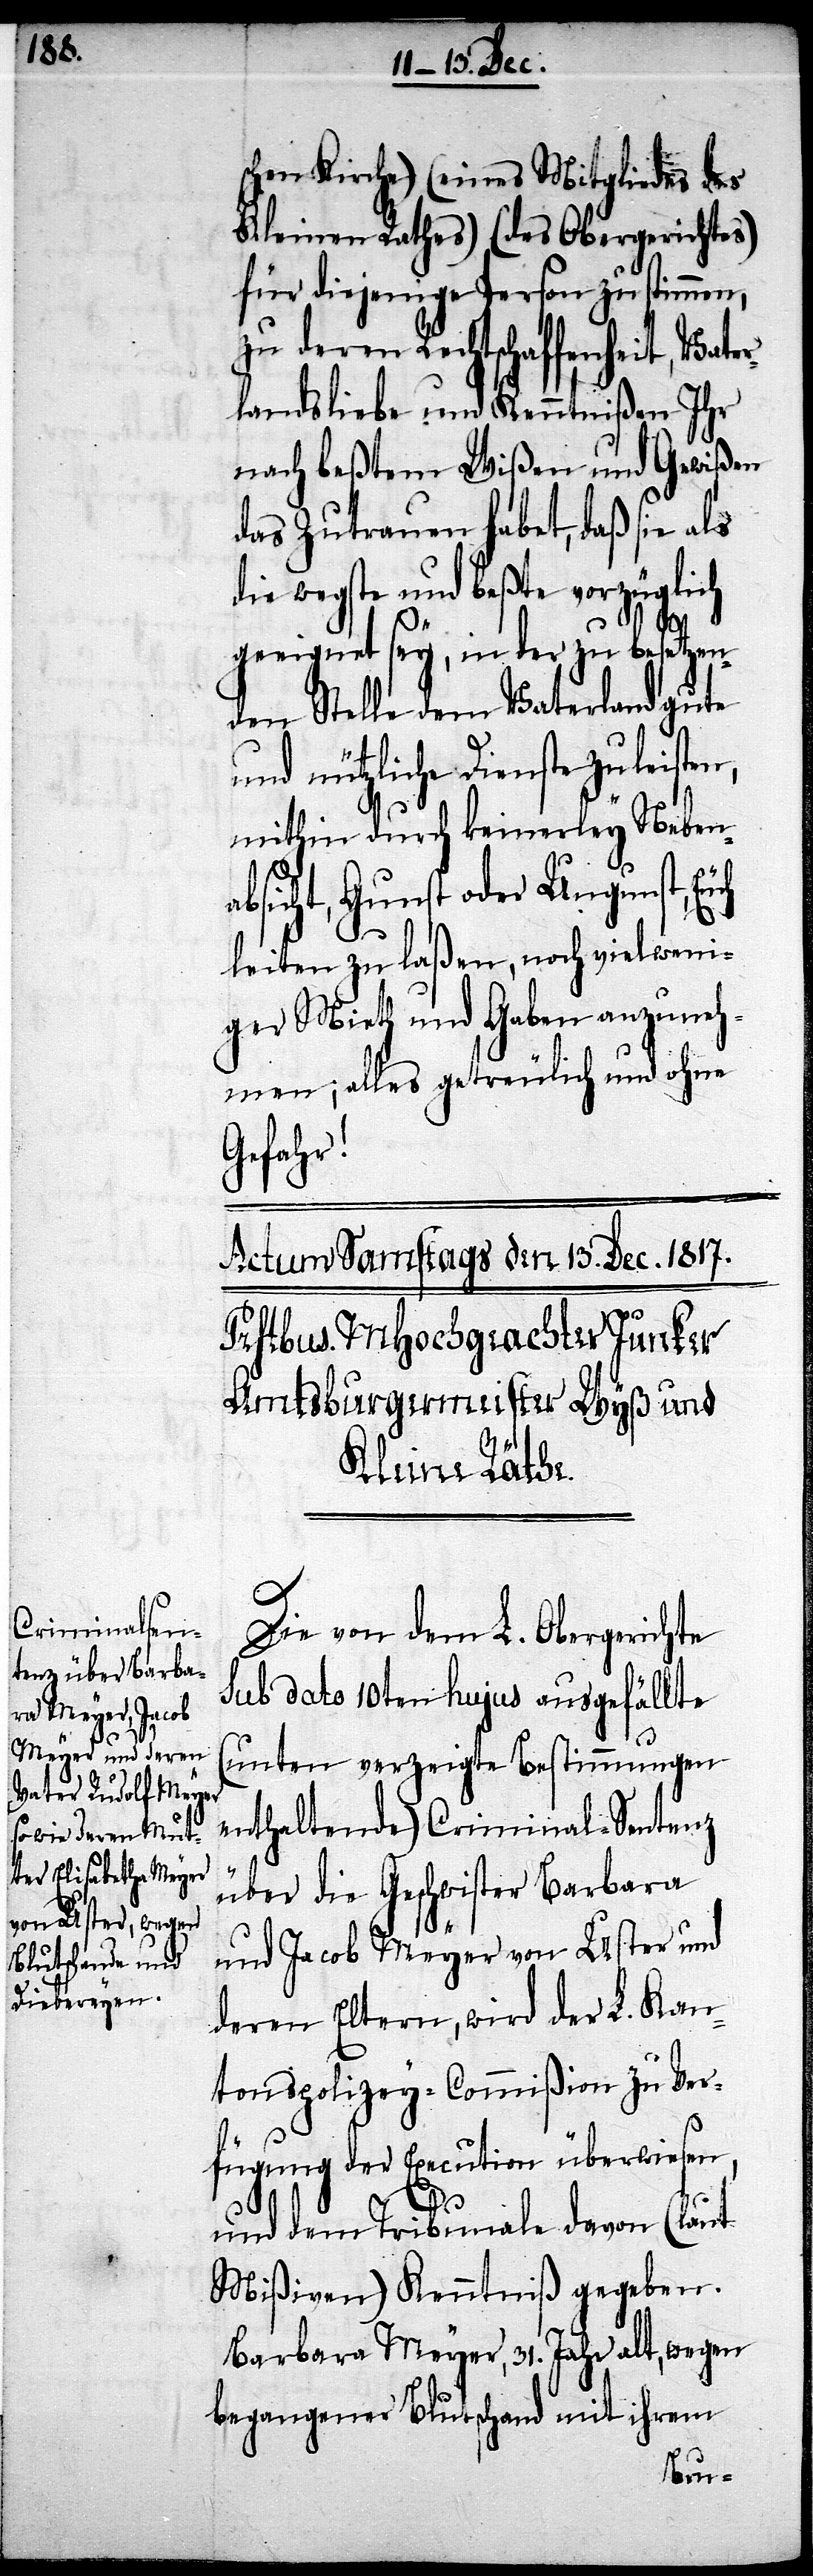
schen Kirche) (eines Mitgliedes des
Kleinen Rathes) (des Obergerichtes)
für diejenige Person zu stimmen,
zu deren Rechtschaffenheit Ihr
nach beßtem Wißen und Gewißen
das Zutrauen habet, daß sie als
die wegste und beßte vorzüglich
geeignet sey, in der zu besetzen¬
den Stelle dem Vaterland gute
und nützliche Dienste zu leisten,
mithin durch keinerley Nebena¬
bsicht, Gunst oder Ungunst, Euch
leiten zu laßen, noch vielweni¬
ger Mieth und Gaben anzuneh¬
men; alles getreulich und ohne
Gefahr!
Die von dem L. Obergericht
sub dato 10ten hujus ausgefällte
(unten verzeigte Bestimmungen
enthaltende) Criminal-Sentenz
über die Geschwister Barbara
und Jacob Meyer von Uster und
deren Eltern, wird der L. Kan¬
tonspolizey-Commißion zu Ver¬
fügung der Execution überwiesen,
und dem Tribunale davon (laut
Mißiven) Kenntniß gegeben.
Barbara Meyer, 31. Jahr alt, wegen
begangener Blutschand mit ihrem